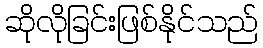
ဆိုလိုခြင်းဖြစ်နိုင်သည်